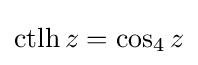
\operatorname {ctlh} z=\cos _{4}z